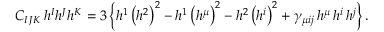
C _ { I J K } \, h ^ { I } h ^ { J } h ^ { K } = 3 \left\{ h ^ { 1 } \, \big ( h ^ { 2 } \big ) ^ { 2 } - h ^ { 1 } \, \big ( h ^ { \mu } \big ) ^ { 2 } - h ^ { 2 } \, \big ( h ^ { i } \big ) ^ { 2 } + \gamma _ { \mu i j } \, h ^ { \mu } \, h ^ { i } \, h ^ { j } \right\} .